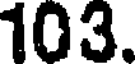
103.